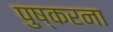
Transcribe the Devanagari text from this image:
पुष्करना